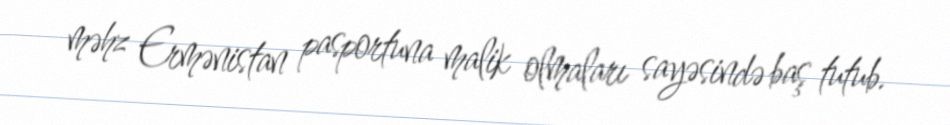
məhz Ermənistan pasportuna malik olmaları sayəsində baş tutub.